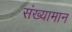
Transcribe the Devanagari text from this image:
संख्यामान